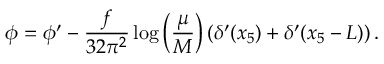
\phi = \phi ^ { \prime } - \frac { f } { 3 2 \pi ^ { 2 } } \log \left( \frac { \mu } { M } \right) ( \delta ^ { \prime } ( x _ { 5 } ) + \delta ^ { \prime } ( x _ { 5 } - L ) ) \, .